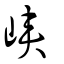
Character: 峽